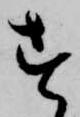
す